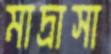
মাদ্রাসা